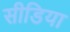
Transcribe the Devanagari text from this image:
सीडिया